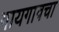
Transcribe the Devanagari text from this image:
गायगावचा